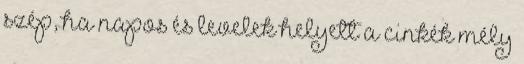
szép, ha napos és levelek helyett a cinkék mély